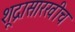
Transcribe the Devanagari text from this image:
शूद्रासारखीच